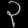
Digit: ၃